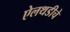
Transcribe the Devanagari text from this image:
ऐलथडीचे